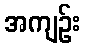
အကျဉ်း